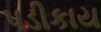
પડીકાય